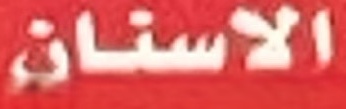
الاسنان